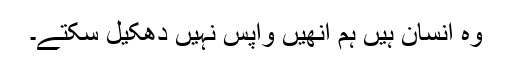
وہ انسان ہیں ہم انھیں واپس نہیں دھکیل سکتے۔